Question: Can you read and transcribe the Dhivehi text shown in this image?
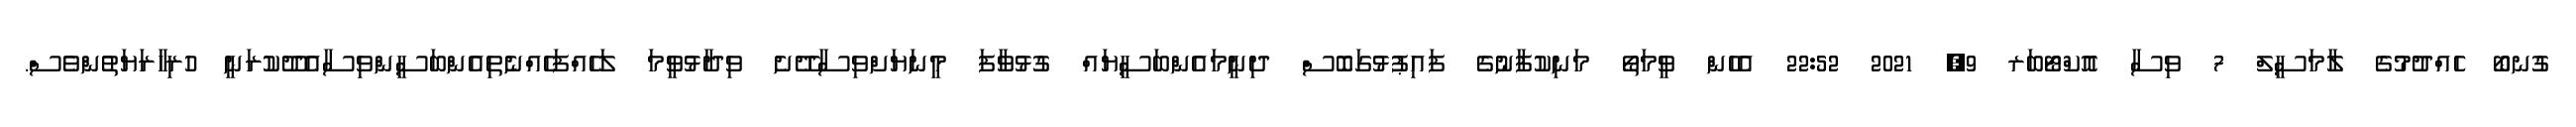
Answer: ގުނބޯ ހެއްދުމުގެ ލާމަސީލް 7 ވިސާ އޮކްޓޯބަރ 9, 2021 22:52 އެހެން ވީމަތޯ މަނިކުފާނުގެ ފައިޕުޅުގަބޮސް ދިނީމައެންބަސީޔައް ގުޅުވާފަ މީނަޔަށްވިސާދޭށެ ވިދާޅުވީމަ ލަހެއްފަހެއްނެތިއެންބަސީންވިސާއެދޫކުރަނީ ހުރިހާރަޔަތުންވެސް.